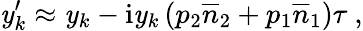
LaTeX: \mathit{y}_{k}^{\prime}\approx\mathit{y}_{k}-\mathrm{{i}}\mathit{y}_{k}\left(p_{2}\overline{{{n}}}_{2}+p_{1}\overline{{{n}}}_{1}\right)\tau\ ,